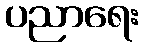
ပညာရေး